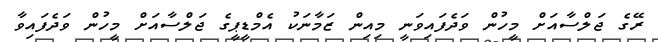
ރޭގެ ޖަލްސާއަށް މީހުން ވަދެފައިވަނީ މިއިން ޒަމާނަކު އެމްޑީޕީގެ ޖަލްސާއަށް މީހުން ވަދެފައިވާ